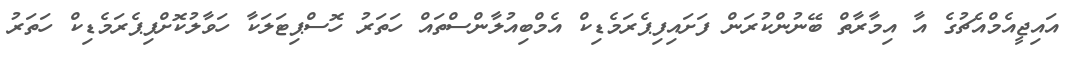
އައިޖީއެމްއެޗުގެ އާ އިމާރާތް ބޭނުންކުރަން ފަށައިފިޕެރަމެޑިކް އެމްބިއުލާންސްތައް ހަތަރު ހޮސްޕިޓަލަކާ ހަވާލުކޮށްފިޕެރަމެޑިކް ހަތަރު